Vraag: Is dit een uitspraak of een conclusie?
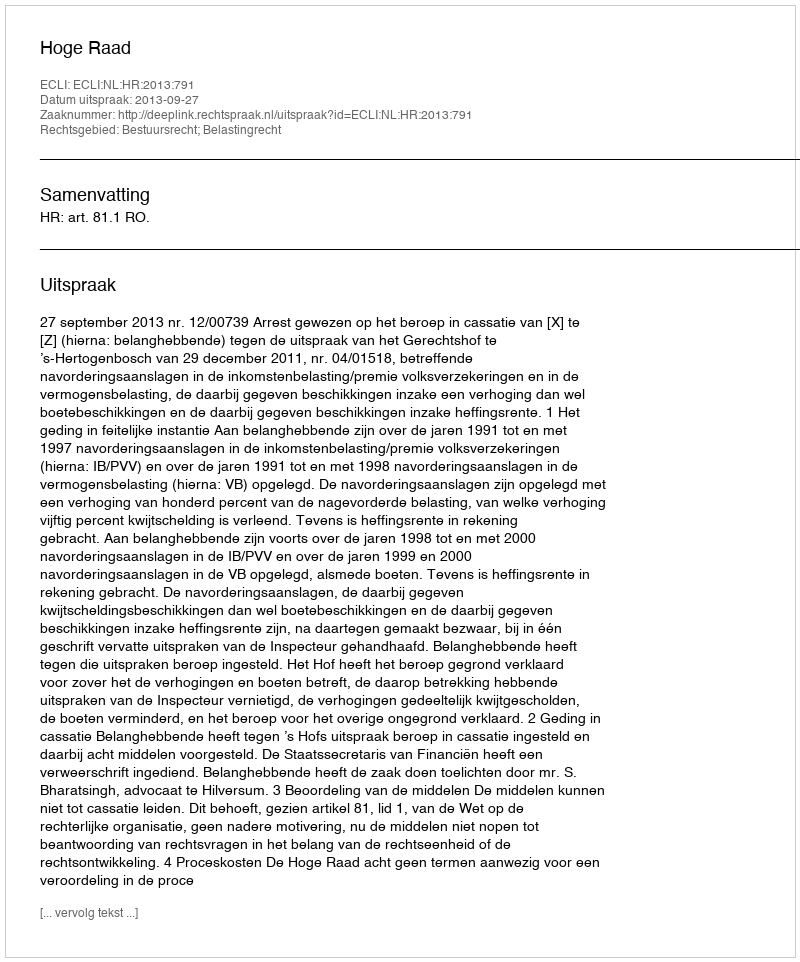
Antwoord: Uitspraak